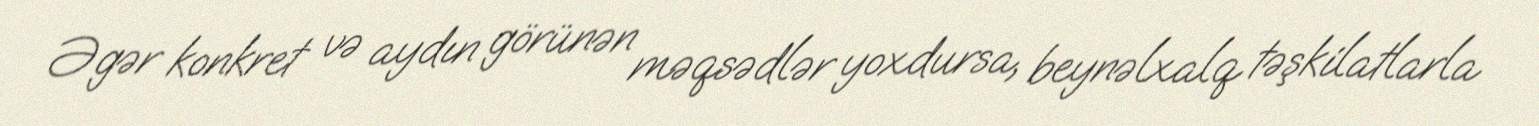
Əgər konkret və aydın görünən məqsədlər yoxdursa, beynəlxalq təşkilatlarla